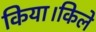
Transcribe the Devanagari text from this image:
किया।किले